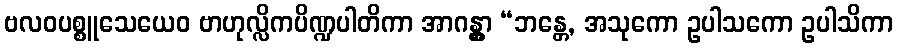
ဗလဝပစ္စူသေယေဝ ဗာဟုလ္လိကပိဏ္ဍပါတိကာ အာဂန္တွာ “ဘန္တေ, အသုကော ဥပါသကော ဥပါသိကာ